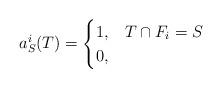
LaTeX: \begin{align*}a^i_S(T) = \begin{cases}1, & T \cap F_i = S \\0, &\end{cases}\end{align*}